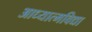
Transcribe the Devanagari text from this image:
आध्यात्मविद्या